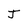
Character: J